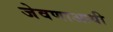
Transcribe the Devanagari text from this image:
जेवणाआधी